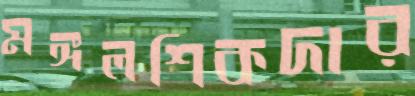
মঙ্গলশিকদার